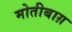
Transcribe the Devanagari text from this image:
मोतीबाग़